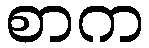
စာက